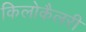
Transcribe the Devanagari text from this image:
किलोकैलरी